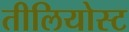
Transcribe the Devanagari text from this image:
तीलियोस्ट